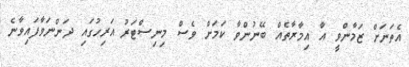
އެތަނަށް ޒަމާންވީ އާ އިމާރާތެއް ބޭނުންވާ ކަމަށް ވެސް މިނިސްޓަރު އަރިހުގައި ދަންނަވާފައިވާނެ